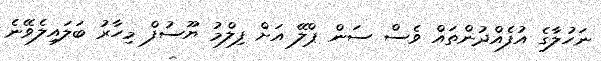
ނަހުލާގެ އުފެއްދުންތައް ވެސް ސަން ޕްލޭ އަށް ފިލްމު ޔޫސުފް މިހާރު ބަލައިލެވޭނެ